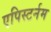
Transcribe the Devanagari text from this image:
एपिस्टर्नम